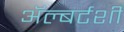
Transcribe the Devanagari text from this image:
ॲल्बर्टशी